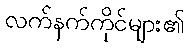
လက်နက်ကိုင်များ၏